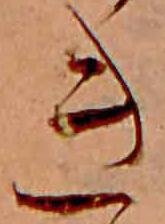
き